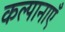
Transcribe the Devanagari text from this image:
कल्पानाएँ